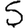
Digit: 5